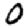
Digit: 0